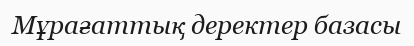
Мұрағаттық деректер базасы